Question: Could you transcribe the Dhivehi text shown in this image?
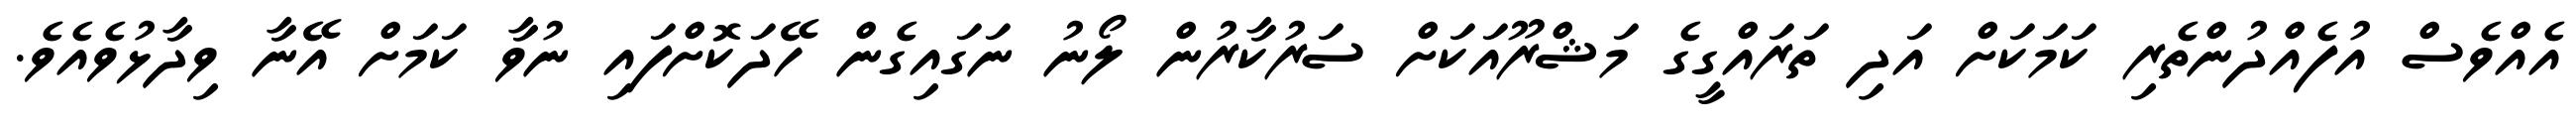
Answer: އެއްވެސް އުފެއްދުންތެރި ކަމަކަށް އަދި ތަރައްގީގެ މަޝްރޫއަކަށް ސަރުކާރުން ލޯނު ނަގައިގެން ހޭދަކޮށްފައި ނުވާ ކަމަށް އޭނާ ވިދާޅުވެއެވެ.